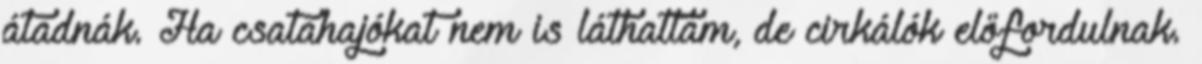
átadnák. Ha csatahajókat nem is láthattam, de cirkálók előfordulnak.